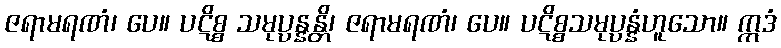
ဇရာမရဏံ၊ ပေ။ ပဋိစ္စ သမုပ္ပန္နန္တိ၊ ဇရာမရဏံ၊ ပေ။ ပဋိစ္စသမုပ္ပန္နံဟူသော။ ဣဒံ